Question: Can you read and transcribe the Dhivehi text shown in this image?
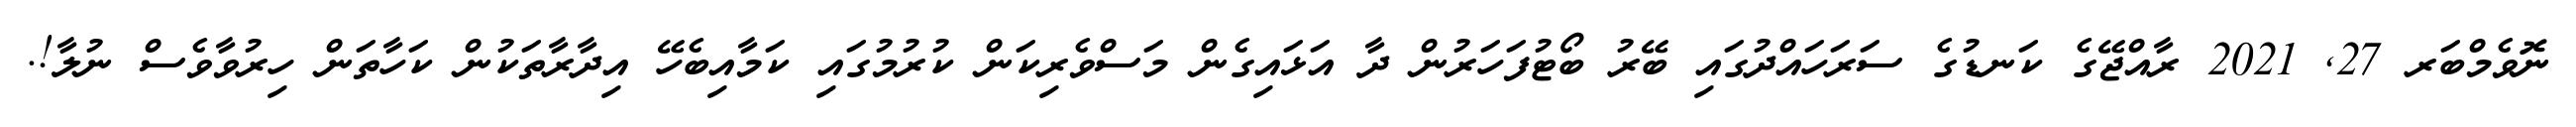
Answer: ނޮވެމްބަރ 27, 2021 ރާއްޖޭގެ ކަނޑުގެ ސަރަހައްދުގައި ބޭރު ބޯޓުފަހަރުން ދާ އަޅައިގެން މަސްވެރިކަން ކުރުމުގައި ކަމާއިބެހޭ އިދާރާތަކުން ކަހާތަން ހިރުވާވެސް ނުލާ!.